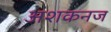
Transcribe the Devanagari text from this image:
अशकनज